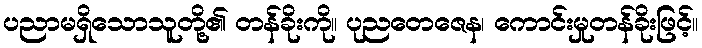
ပညာမရှိသောသူတို့၏ တန်ခိုးကို။ ပုညတေဇေန၊ ကောင်းမှုတန်ခိုးဖြင့်။